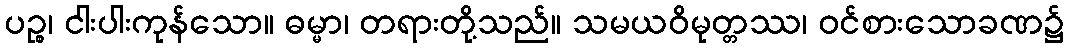
ပဉ္စ၊ ငါးပါးကုန်သော။ ဓမ္မာ၊ တရားတို့သည်။ သမယဝိမုတ္တဿ၊ ဝင်စားသောခဏ၌